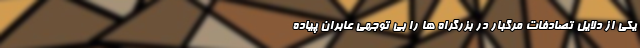
یکی از دلایل تصادفات مرگبار در بزرگراه ها را بی توجهی عابران پیاده